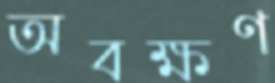
অবক্ষণ